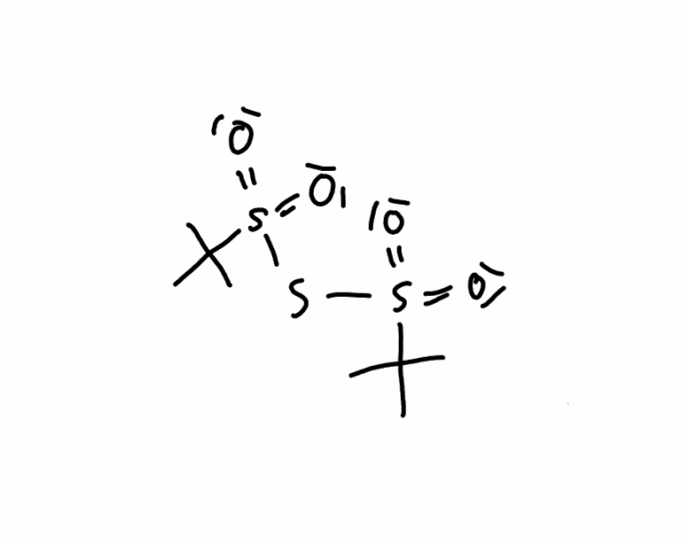
Simplified molecular-input line-entry system (SMILES) notation of the given molecule:
CC(C)(C)S(=O)(=O)SS(=O)(=O)C(C)(C)C